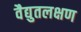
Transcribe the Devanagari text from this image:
वैद्युतलक्षण